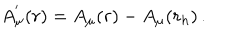
LaTeX: A _ { \mu } ^ { ' } ( r ) = A _ { \mu } ( r ) - A _ { \mu } ( r _ { h } ) \, .